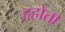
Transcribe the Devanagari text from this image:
हहोता